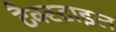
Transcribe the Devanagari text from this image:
टैक्स्टाइल